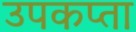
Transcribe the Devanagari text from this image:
उपकप्ता